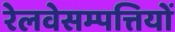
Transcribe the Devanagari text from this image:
रेलवेसम्पत्तियों